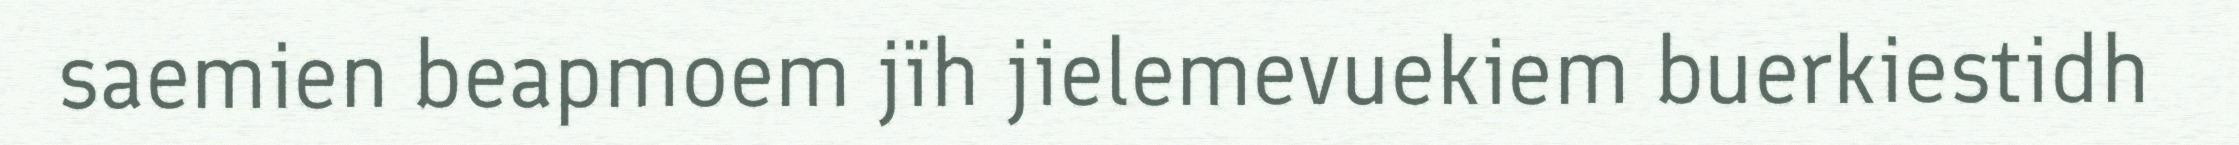
saemien beapmoem jïh jielemevuekiem buerkiestidh